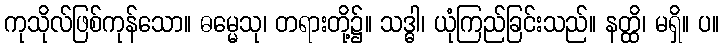
ကုသိုလ်ဖြစ်ကုန်သော။ ဓမ္မေသု၊ တရားတို့၌။ သဒ္ဓါ၊ ယုံကြည်ခြင်းသည်။ နတ္ထိ၊ မရှိ။ ပ။